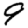
Digit: 9